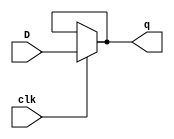
module elavarasanp002_dff (input D,  
               
              input clk,  
              output reg q);  
  
    assign q=clk ? D:q; 
endmodule